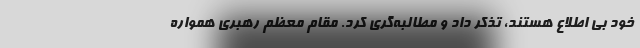
خود بی اطلاع هستند، تذکر داد و مطالبه‌گری کرد. مقام معظم رهبری همواره